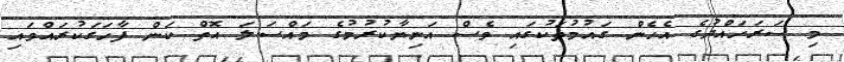
މި ސަރަހައްދުގެ އެހެން ގައުމުތަކުގައި ވެސް އަނިޔާކުރުމުގެ މައްސަލަ އޮތް ކަން ފާހަގަކުރައްވައި